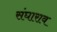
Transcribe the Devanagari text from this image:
संघाराव